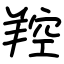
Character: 羫